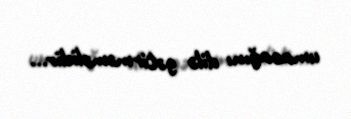
umacağını dilə gətirməməlidir...